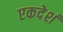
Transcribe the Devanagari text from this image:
एकदेशं